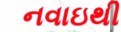
નવાઇથી